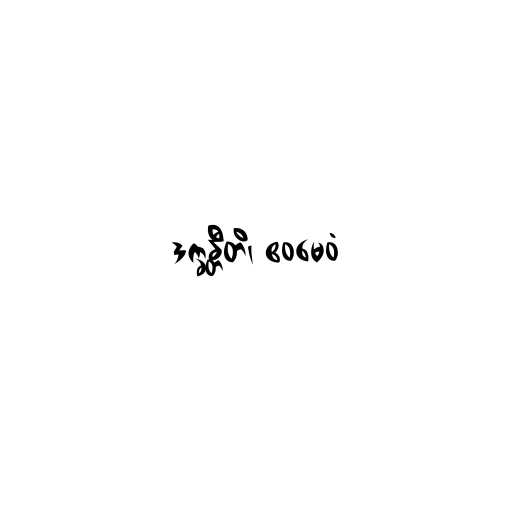
ဒက္ခန္တီတိ၊ ဧဝမေဝံ